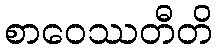
စာဝေဿတီတိ